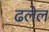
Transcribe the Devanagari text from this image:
ढलेल